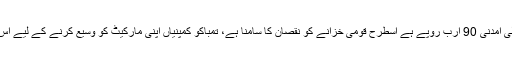
انہوںنے کہاکہ تمباکو مصنوعات سے حاصل ہونے والی آمدنی 90 ارب روپے ہے اسطرح قومی خزانے کو نقصان کا سامنا ہے، تمباکو کمپنیاں اپنی مارکیٹ کو وسیع کرنے کے لیے اس وقت کم عمر افراد اور خواتین کو اپنا ہدف بنارہی ہیں ۔